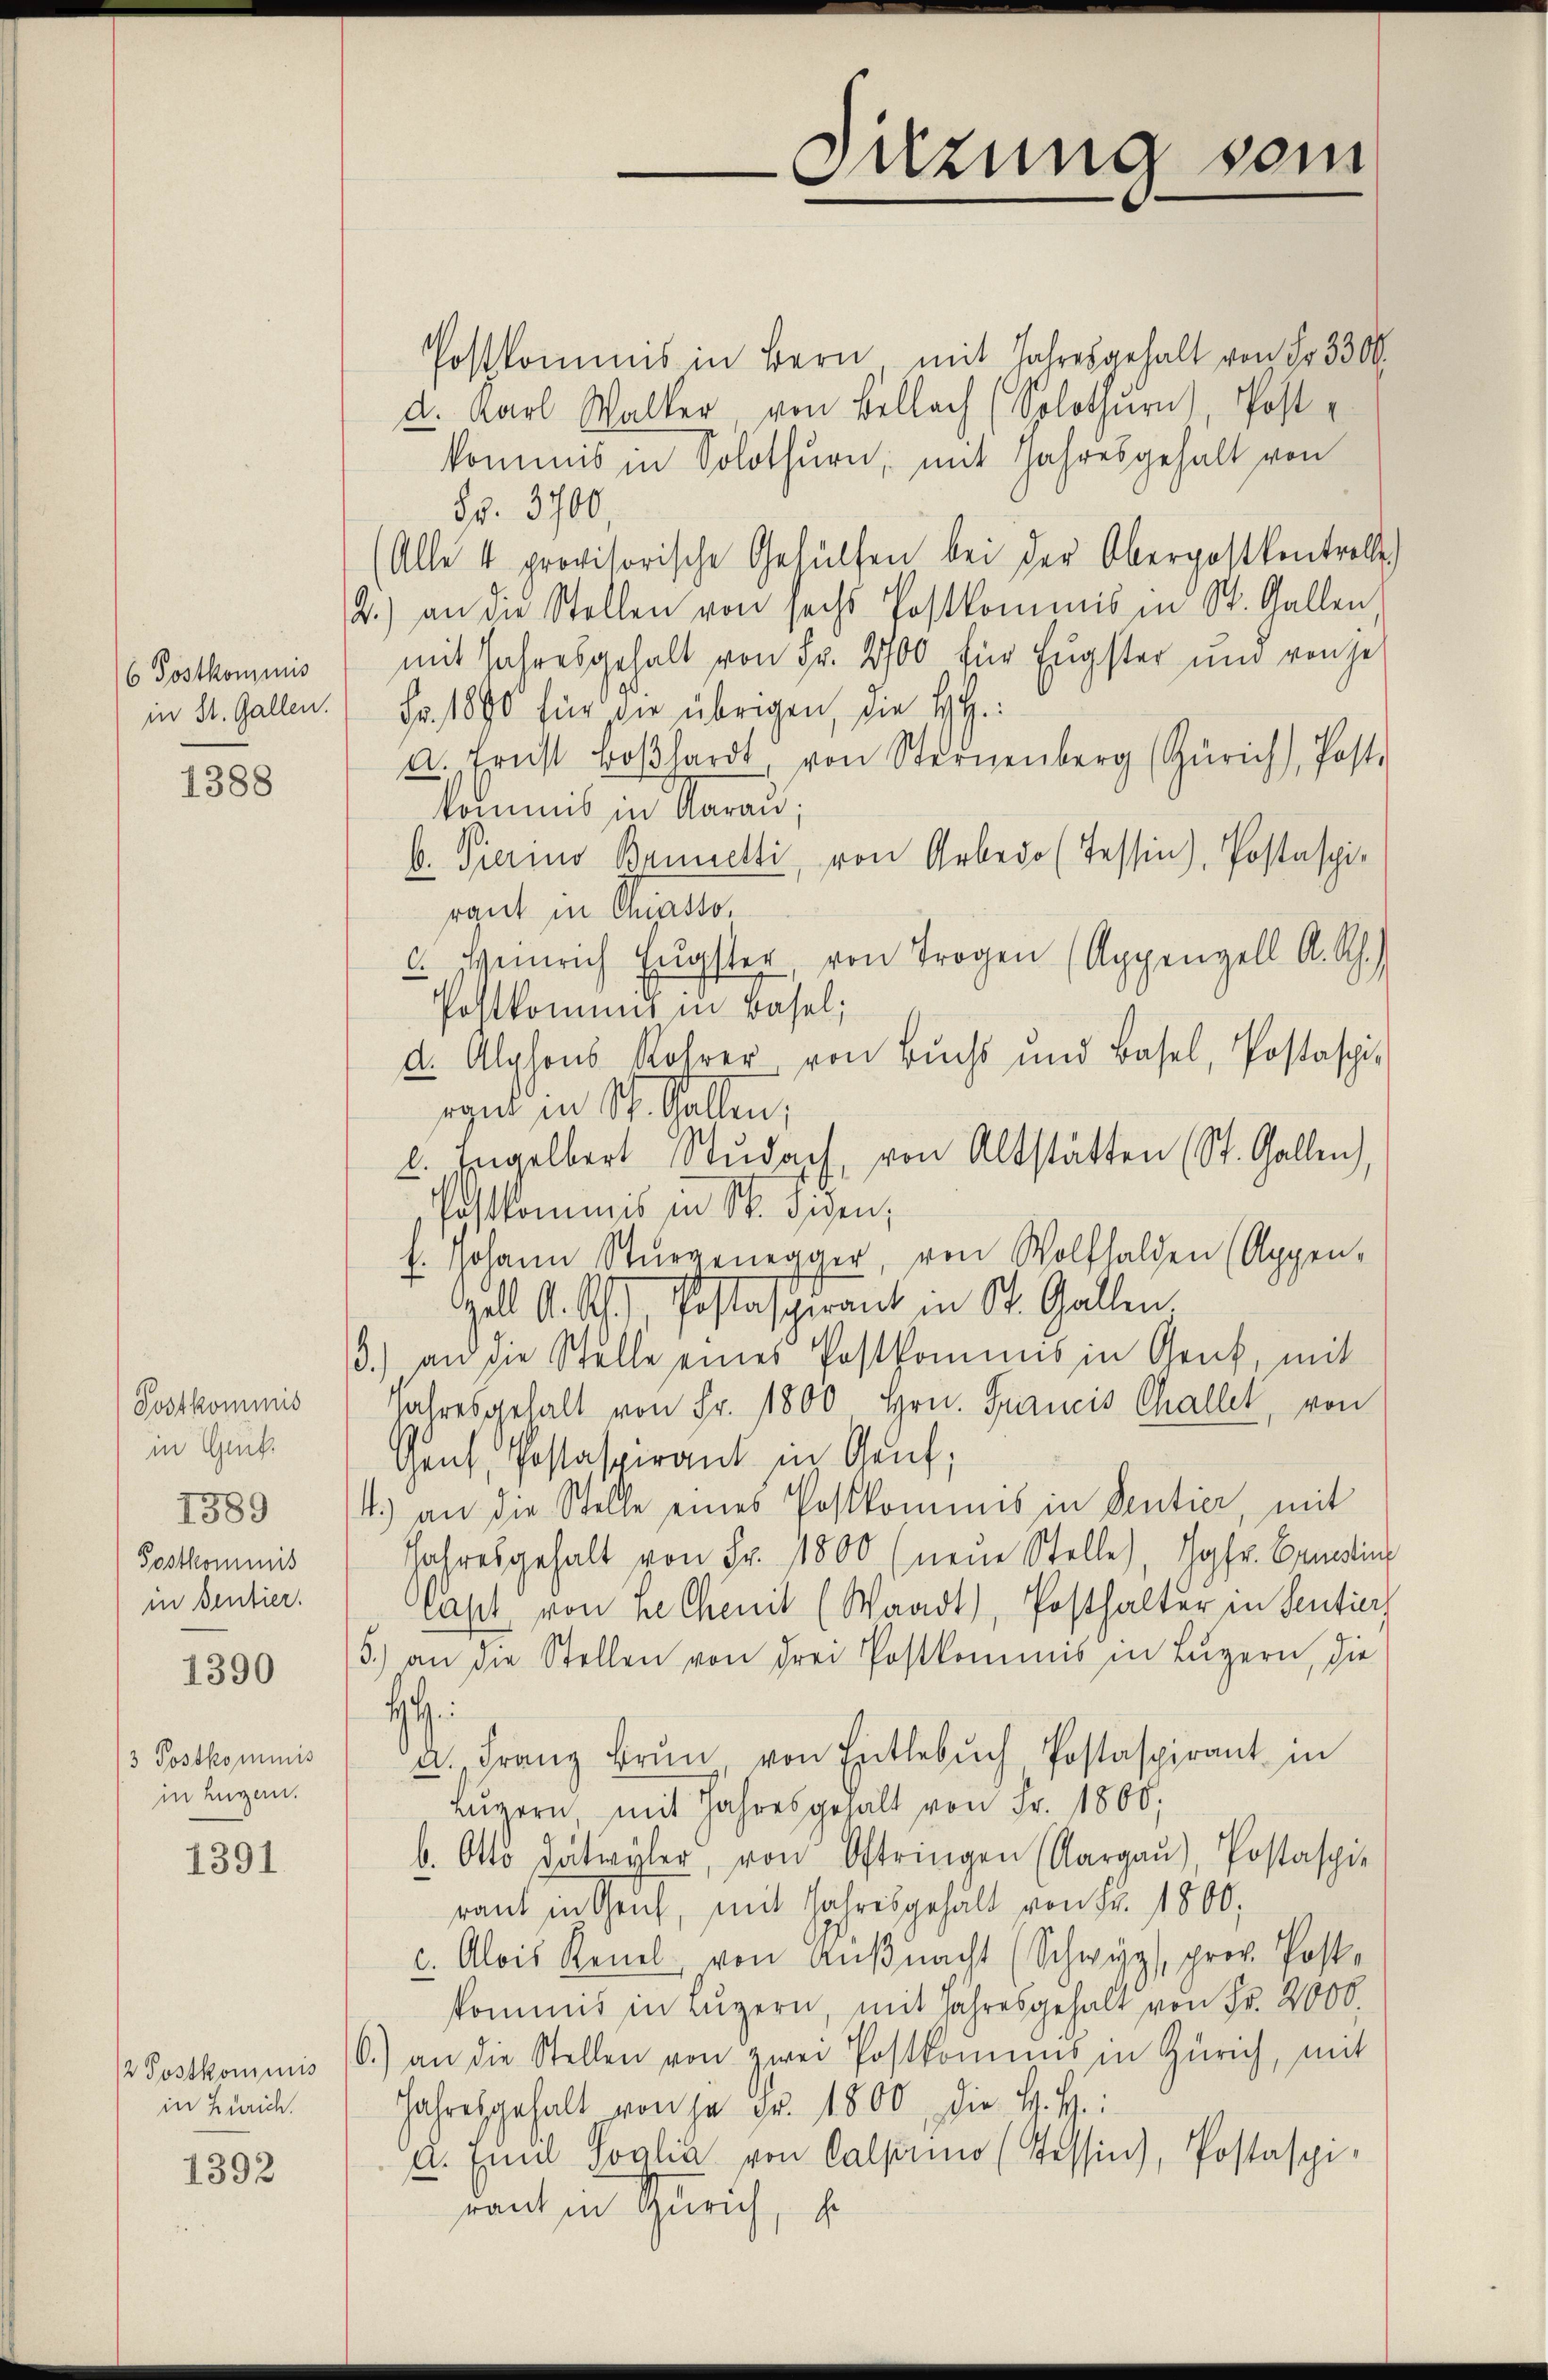
6 Postkommis
in St. Gallen.

1388

Postkommis
in Gru
1389
Postkommis
in Sentier.

1390

3 Postkommnis
in Luzern.

1391

in Zürich.

1392

Postkommis in Bern mit Jahresgehalt von Fr. 3300.
d. Karl Waller, von Bellach (Solothurn), Post-
kommis in Solothurn, mit Jahresgehalt von
Nr. 3700,
Alle 4 provisorische Gehülfen bei der Oberpostkontroll
2.) an die Stellen von sechs Postkommis in St. Gallen,
mit Jahresgehalt von Fr. 2700 für Eugster und von je
Fr. 1890 für die übrigen, die HH
a. Ernst Boßhardt von Sternenberg (Zürich, Post.
kommis in darau;
b. Tierino Brunetti, von Arbedo (Tessin, Postaspiraut in Chiasso.
c. Heinrich Engster, von Trogen (Appenzell A. Rh.
Postkommt in Basel;
d. Alphons Rohrer von Buchs und Basel, Postaschi
rand in St. Gallen,
l. Engelbert Stŭdach, von Altstätten (St. Gallen),
rustkommis in St. Fiden,
f. Johann Stürzenegger, von Wolfhalden (Appen-
zell A. R., Postasierant in St. Gallen.
3.) an die Stelle eines Postkommnis in Genf, mit
Jahresgehalt von Fr. 1800 Hrn. Francis Challet, von
Genf Postaspirant in Genf;
4.) an die Stelle eines Postkommis in Sentier, mit
Jahresgehalt von Fr. 1800 (neue Stelle), Jgfr. Beding
Capt von I Chinit (Waadt, Posthalter in Sentiers
5.) an die Stellen von drei Postkommis in Lŭzern, die
H
a. Franz Brŭn von Entlebŭch, Postaspirant in
Lŭzern mit Jahresgehalt von Fr. 1800;
b. Otto datwyler, von Oftringen (Aargaŭ), Postspie
raut in Gruf, mit Jahresgehält von Fr. 1800,
c. Alois Reuel, von Aŭβnacht (Schwyz, prov. Post-
kommis in Luzern, mit Jahresgehalt von Fr. 2000
2 Postkommnis 1.) an die Stellen von zwei Postkommens in Zürich, mit
Jahresgehalt von je Fr. 1800, die H. H.
u. Emil Soglia von Calpuno (Tessin, Postaspi-
raut in Zürich, s

Sitzung sein